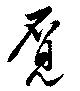
覓